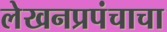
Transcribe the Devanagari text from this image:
लेखनप्रपंचाचा